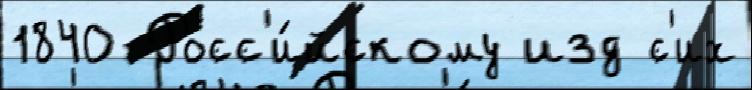
1840 Росс'и́йскому изд с'их